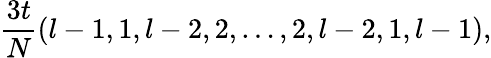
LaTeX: \frac{3t}{N}(l-1,1,l-2,2,\ldots,2,l-2,1,l-1),